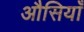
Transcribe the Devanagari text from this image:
औसियाँ